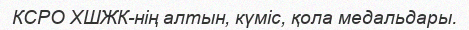
КСРО XШЖК-нің алтын, күміс, қола медальдары.